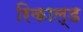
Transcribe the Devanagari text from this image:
रिकाल्ड